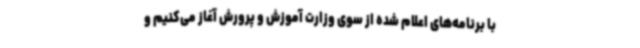
با برنامه‌های اعلام شده از سوی وزارت آموزش و پرورش آغاز می‌کنیم و